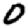
Digit: 0